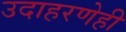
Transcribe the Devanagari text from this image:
उदाहरणेही